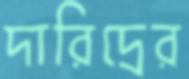
দারিদ্রের